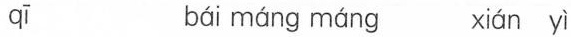
qī bái máng máng xián yì